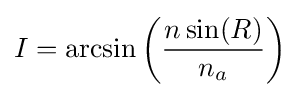
I=\arcsin \left({n\sin(R) \over n_{a}}\right)